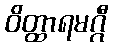
ဝိတ္ထာရမဂ္ဂီ